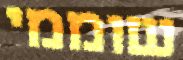
שוממי